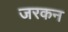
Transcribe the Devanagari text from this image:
जरकन